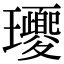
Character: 𤫕